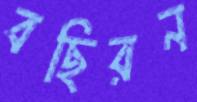
বছিরন